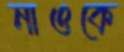
নাওকে